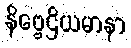
နိဗ္ဗေဌိယမာနာ